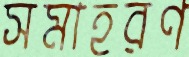
সমাহরণ